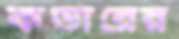
কভারের